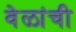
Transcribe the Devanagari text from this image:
वेळांची